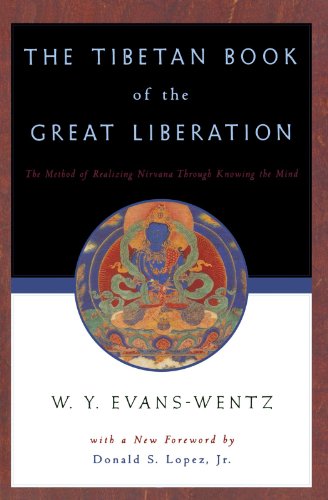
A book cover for The Tibetan Book of the Great Liberation; Religion & Spirituality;